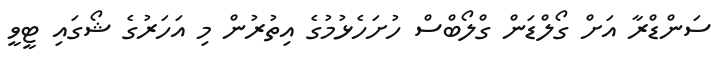
ސަންޑްރާ އަށް ގޯލްޑަން ގްލޯބްސް ހުށަހެޅުމުގެ އިތުރުން މި އަހަރުގެ ޝޯގައި ޓީވީ